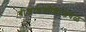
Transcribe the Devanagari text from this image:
बीजांडकोशांजवळ